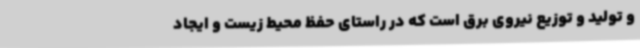
و تولید و توزیع نیروی برق است که در راستای حفظ محیط زیست و ایجاد